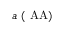
a ~ \mathrm { { ( \ A A ) } }